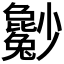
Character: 𡮿